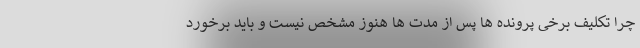
چرا تکلیف برخی پرونده ها پس از مدت ها هنوز مشخص نیست و باید برخورد